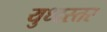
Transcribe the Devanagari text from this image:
युध्दस्तर